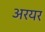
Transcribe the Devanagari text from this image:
अरयर